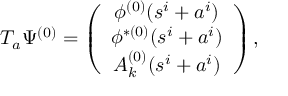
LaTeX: T _ { a } \Psi ^ { ( 0 ) } = \left( \begin{array} { c } { { \phi ^ { ( 0 ) } ( s ^ { i } + a ^ { i } ) } } \\ { { \phi ^ { \ast ( 0 ) } ( s ^ { i } + a ^ { i } ) } } \\ { { A _ { k } ^ { ( 0 ) } ( s ^ { i } + a ^ { i } ) } } \end{array} \right) ,